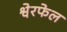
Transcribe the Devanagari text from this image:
श्वेरफेल